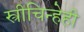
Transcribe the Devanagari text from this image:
स्त्रीचिन्हेही